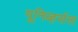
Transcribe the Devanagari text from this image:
यूनिव्हर्सल